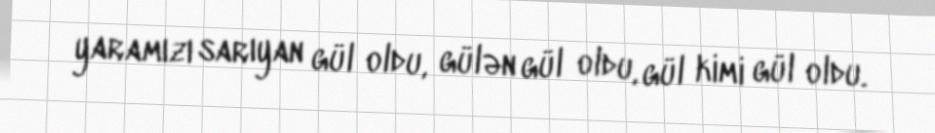
yaramızı sarıyan gül oldu, gülən gül oldu, gül kimi gül oldu.